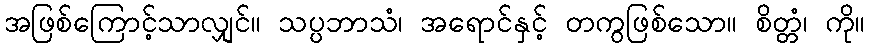
အဖြစ်ကြောင့်သာလျှင်။ သပ္ပဘာသံ၊ အရောင်နှင့် တကွဖြစ်သော။ စိတ္တံ၊ ကို။